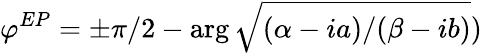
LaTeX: \varphi^{EP}=\pm\pi/2-\arg\sqrt{(\alpha-ia)/(\beta-ib)})